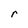
Character: r